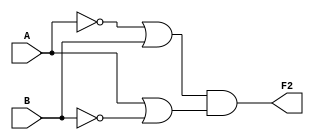
module curcuit2(

    input A,
    input B,
    output reg F2
    );
    
    always@ (*) begin
       F2 = ~A|B && A|~B;
    end
endmodule